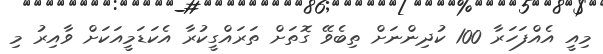
މިއީ އެއްފަހަރާ 100 ކުދިންނަށް ތިބެވޭ ގޮތަށް ތަރައްގީކުރާ އެކަޑަމީއަކަށް ވާއިރު މި